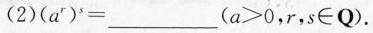
(2)$$( a ^ { r } ) ^ { s } ___$$($$a > 0$$，r，s\in Q).